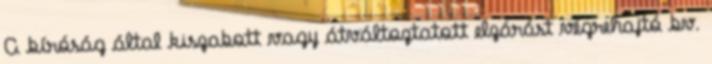
A bíróság által kiszabott vagy átváltoztatott elzárást végrehajtó bv.